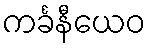
ကင်္ခနီယေဝ